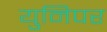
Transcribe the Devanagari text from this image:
युनिपर